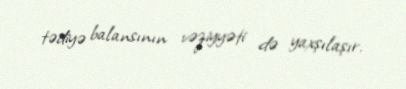
tədiyə balansının vəziyyəti də yaxşılaşır.